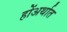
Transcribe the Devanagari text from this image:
होंअर्थात